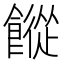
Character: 𩞆